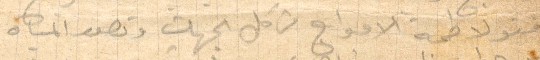
فتولاطمة الأمواج من كل الجهات وتصور المياه